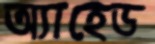
অ্যাহেড